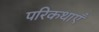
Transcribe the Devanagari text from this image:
परिकथाएँ